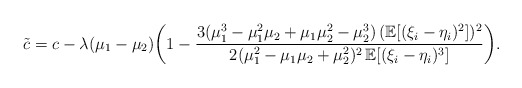
\begin{align*} \tilde c =c-\lambda (\mu_1-\mu_2 )\biggl(1-\frac{3 (\mu_1^3-\mu_1^2\mu_2+\mu_1\mu_2^2-\mu_2^3 )\, (\mathbb E [(\xi_i-\eta_i)^2 ] )^2}{2 (\mu_1^2-\mu_1\mu_2+\mu_2^2 )^2\,\mathbb E [(\xi_i-\eta_i)^3 ]} \biggr).\end{align*}